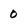
Character: 0